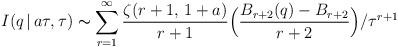
LaTeX: \begin{align*}I(q\,|\,a\tau, \tau) \thicksim \sum\limits_{r=1}^\infty \frac{\zeta(r+1,\,1+a)}{r+1}\Bigl(\frac{B_{r+2}(q)-B_{r+2}}{r+2}\Bigr)/\tau^{r+1}\end{align*}